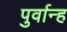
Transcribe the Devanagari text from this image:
पुर्वान्ह